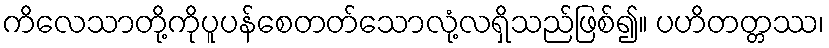
ကိလေသာတို့ကိုပူပန်စေတတ်သောလုံ့လရှိသည်ဖြစ်၍။ ပဟိတတ္တဿ၊